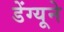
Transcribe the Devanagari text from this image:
डेंग्यूने